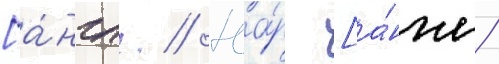
[а́нгл. // Юа́р [а́нгл.